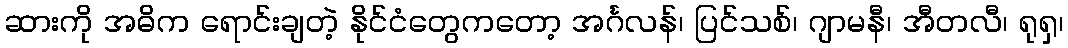
ဆားကို အဓိက ရောင်းချတဲ့ နိုင်ငံတွေကတော့ အင်္ဂလန်၊ ပြင်သစ်၊ ဂျာမနီ၊ အီတလီ၊ ရုရှ၊